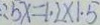
\therefore 5 x = 1 . 2 \times 1 . 5